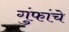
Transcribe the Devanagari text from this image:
गुंफांचे